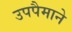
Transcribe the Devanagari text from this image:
उपपैमाने